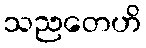
သညတေဟိ